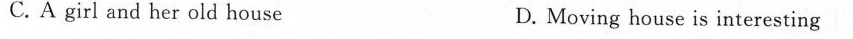
C. A girl and her old house D. Moving house is interesting